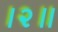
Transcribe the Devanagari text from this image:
।२॥